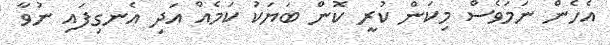
އެހެން ނަމަވެސް މިކަން ކުރީ ކޮން ބަޔަކު ކަމެއް އަދި އެނގިފައި ނުވާ